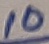
Text: 10